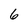
Character: 6